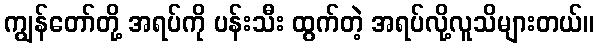
ကျွန်တော်တို့ အရပ်ကို ပန်းသီး ထွက်တဲ့ အရပ်လို့လူသိများတယ်။